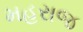
મહરાજ